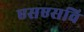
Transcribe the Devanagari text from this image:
एसएसवि